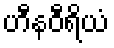
ဟီနဝီရိယံ